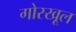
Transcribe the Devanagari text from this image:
गोरखूल